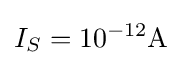
I_{S}=10^{-12}{\text{A}}